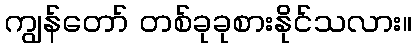
ကျွန်တော် တစ်ခုခုစားနိုင်သလား။